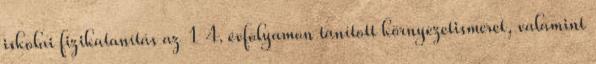
iskolai fizikatanítás az 1 4. évfolyamon tanított környezetismeret, valamint